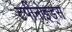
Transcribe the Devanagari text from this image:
टर्पीनोइड्स